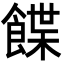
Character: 䭎